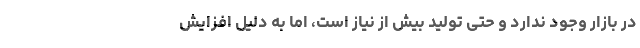
در بازار وجود ندارد و حتی تولید بیش از نیاز است، اما به دلیل افزایش